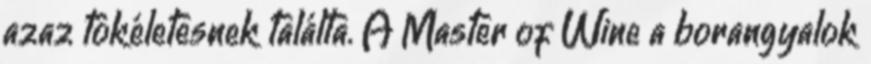
azaz tökéletesnek találta. A Master of Wine a borangyalok